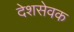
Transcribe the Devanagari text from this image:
देशसेवक